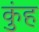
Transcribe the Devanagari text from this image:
कुंह